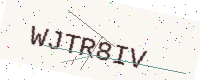
Text: WJTR8IV